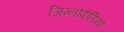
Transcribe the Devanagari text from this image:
जिम्नोपीडिया